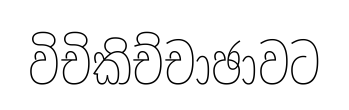
විචිකිච්චාඡාවට